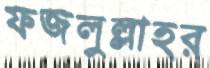
ফজলুল্লাহর